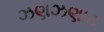
ઝણઝણાટ